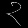
Digit: ၃